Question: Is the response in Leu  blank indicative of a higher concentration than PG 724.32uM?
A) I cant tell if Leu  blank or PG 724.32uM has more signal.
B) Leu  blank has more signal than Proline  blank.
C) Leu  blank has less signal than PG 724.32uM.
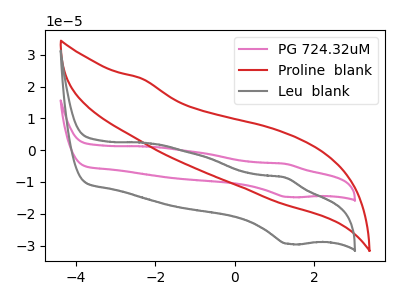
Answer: <think>The pink curve "PG 724.32uM" has an anodic peak at (1.30V, -4.30uA) and a cathodic peak at (1.35V, -14.75uA). The red curve "Proline  blank" has no peaks. The gray curve "Leu  blank" has an anodic peak at (1.30V, -8.60uA) and a cathodic peak at (1.35V, -29.45uA).
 All the peaks in "Leu  blank" have a peak in "PG 724.32uM" at the same potential.</think>
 <answer>A) I cant tell if "Leu  blank" or "PG 724.32uM" has more signal.</answer>
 <eval>A</eval>